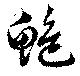
鮑